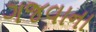
ગજવાના